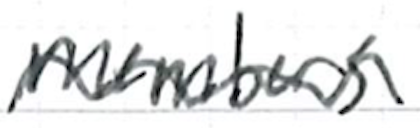
Text: members
Cross-out: wave
Writing tool: ballpoint